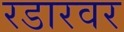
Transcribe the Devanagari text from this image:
रडारवर